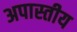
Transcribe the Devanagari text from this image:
अपास्तीय